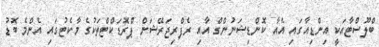
ބްލޫސްޓާއަކީ އިންޑިއާގައި އެއާ ކޮންޑިޝަނުންގް އާއި ރެފްރިޖަރޭޝަން ޕްރޮޑަކްޓްތަކުގެ މާކެޓުގައި އެންމެ ބޮޑު